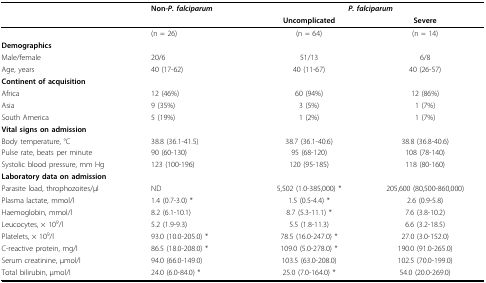
<table><thead><tr><td></td><td><b>Non-<i>P. falciparum</i></b></td><td colspan="2"><b><i>P. falciparum</i></b></td></tr><tr><td></td><td></td><td><b>Uncomplicated</b></td><td><b>Severe</b></td></tr></thead><tbody><tr><td></td><td>(n = 26)</td><td>(n = 64)</td><td>(n = 14)</td></tr><tr><td><b>Demographics</b></td><td></td><td></td><td></td></tr><tr><td>Male/female</td><td>20/6</td><td>51/13</td><td>6/8</td></tr><tr><td>Age, years</td><td>40 (17-62)</td><td>40 (11-67)</td><td>40 (26-57)</td></tr><tr><td><b>Continent of acquisition</b></td><td></td><td></td><td></td></tr><tr><td>Africa</td><td>12 (46%)</td><td>60 (94%)</td><td>12 (86%)</td></tr><tr><td>Asia</td><td>9 (35%)</td><td>3 (5%)</td><td>1 (7%)</td></tr><tr><td>South America</td><td>5 (19%)</td><td>1 (2%)</td><td>1 (7%)</td></tr><tr><td><b>Vital signs on admission</b></td><td></td><td></td><td></td></tr><tr><td>Body temperature, °C</td><td>38.8 (36.1-41.5)</td><td>38.7 (36.1-40.6)</td><td>38.8 (36.8-40.6)</td></tr><tr><td>Pulse rate, beats per minute</td><td>90 (60-130)</td><td>95 (68-120)</td><td>108 (78-140)</td></tr><tr><td>Systolic blood pressure, mm Hg</td><td>123 (100-196)</td><td>120 (95-185)</td><td>118 (80-160)</td></tr><tr><td><b>Laboratory data on admission</b></td><td></td><td></td><td></td></tr><tr><td>Parasite load, throphozoites/μl</td><td>ND</td><td>5,502 (1.0-385,000) *</td><td>205,600 (80,500-860,000)</td></tr><tr><td>Plasma lactate, mmol/l</td><td>1.4 (0.7-3.0) *</td><td>1.5 (0.5-4.4) *</td><td>2.6 (0.9-5.8)</td></tr><tr><td>Haemoglobin, mmol/l</td><td>8.2 (6.1-10.1)</td><td>8.7 (5.3-11.1) *</td><td>7.6 (3.8-10.2)</td></tr><tr><td>Leucocytes, × 10<sup>9</sup>/l</td><td>5.2 (1.9-9.3)</td><td>5.5 (1.8-11.3)</td><td>6.6 (3.2-18.5)</td></tr><tr><td>Platelets, × 10<sup>9</sup>/l</td><td>93.0 (10.0-205.0) *</td><td>78.5 (16.0-247.0) *</td><td>27.0 (3.0-152.0)</td></tr><tr><td>C-reactive protein, mg/l</td><td>86.5 (18.0-208.0) *</td><td>109.0 (5.0-278.0) *</td><td>190.0 (91.0-265.0)</td></tr><tr><td>Serum creatinine, μmol/l</td><td>94.0 (66.0-149.0)</td><td>103.5 (63.0-208.0)</td><td>102.5 (70.0-199.0)</td></tr><tr><td>Total bilirubin, μmol/l</td><td>24.0 (6.0-84.0) *</td><td>25.0 (7.0-164.0) *</td><td>54.0 (20.0-269.0)</td></tr></tbody></table>